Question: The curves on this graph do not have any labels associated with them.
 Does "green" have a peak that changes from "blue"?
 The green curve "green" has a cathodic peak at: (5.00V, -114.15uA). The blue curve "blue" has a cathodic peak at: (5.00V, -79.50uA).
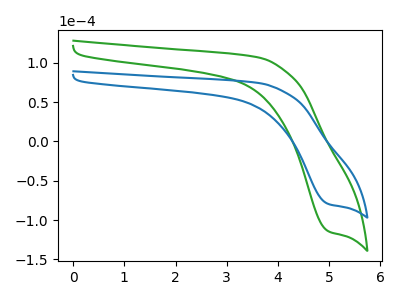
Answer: <think>All the peaks in "green" have a peak in "blue" at the same potential. Every peak in "green" is higher than every peak in "blue".
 </think>
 <answer>No, "green" and "blue" don't appear to be significantly different in shape</answer>
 <eval>no_change</eval>